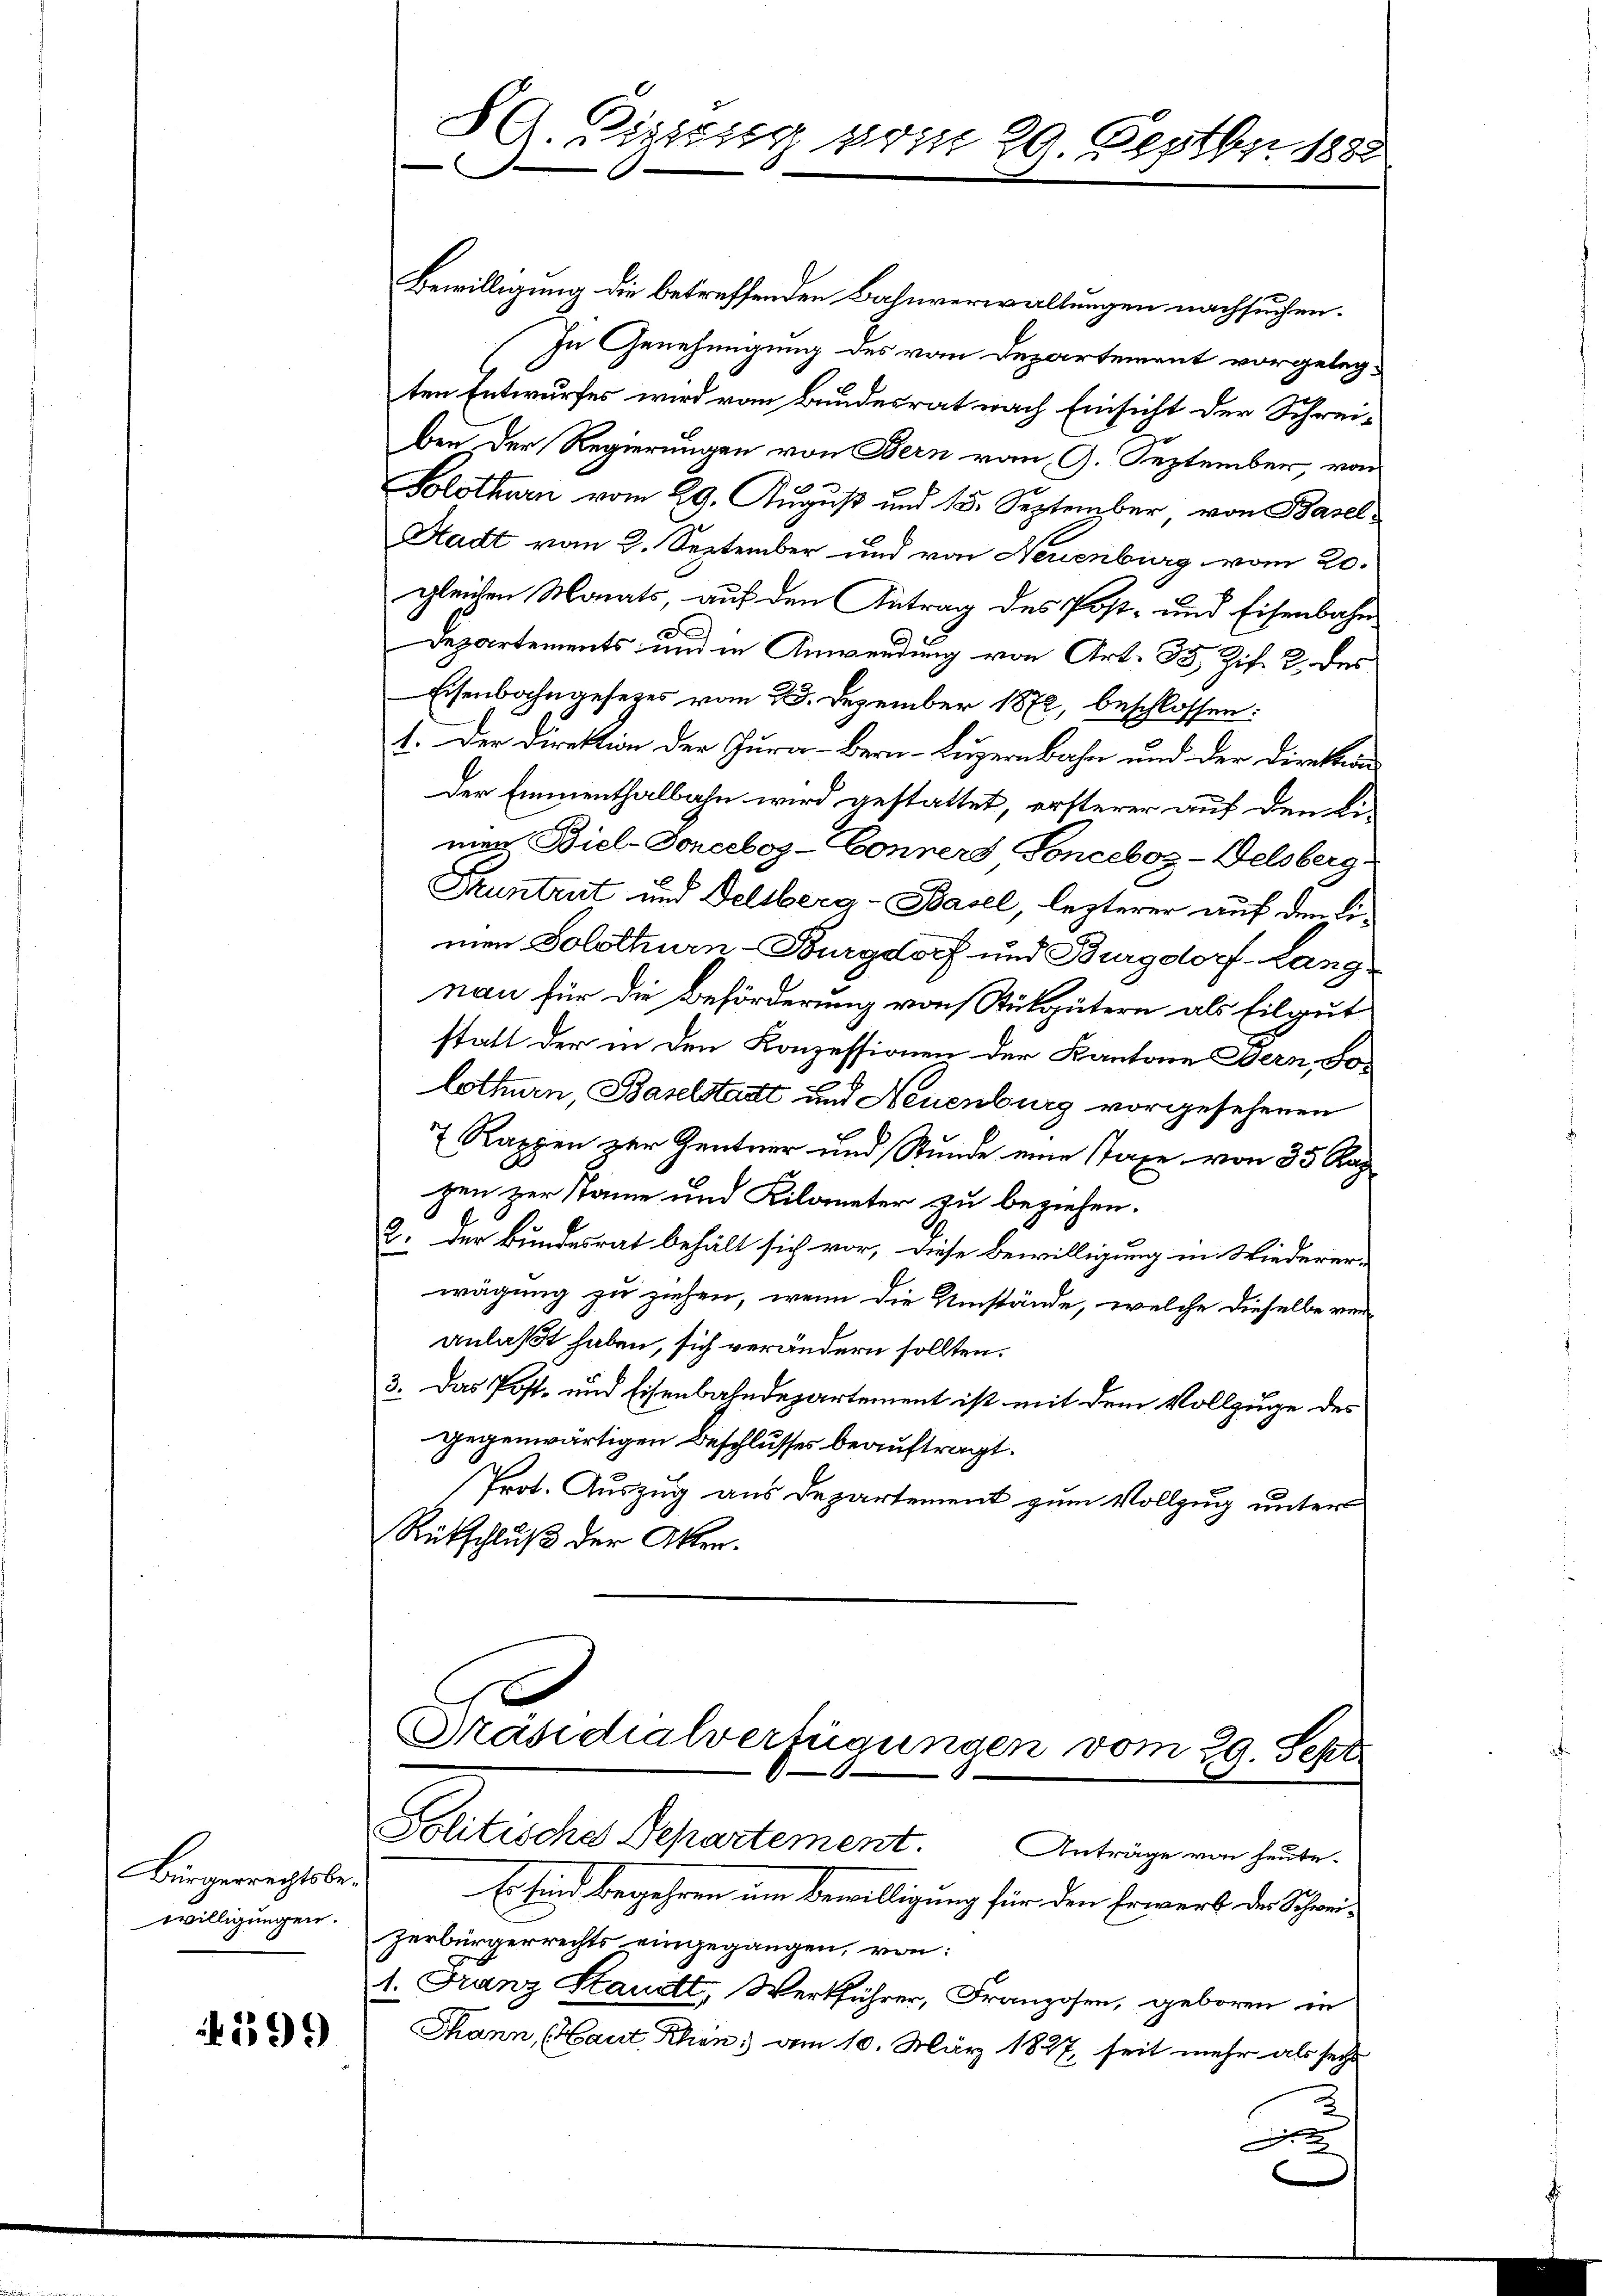
Bürgerrechtsbewilligungen.

4599

Bewilligung die betreffenden Bahnverwaltungen nachsuchen.
In Genehmigung des von Departement vorgelegten Entwurfes wird vom Bundesrat nach Einsicht der Schreiben der Regierungen von Bern vom 9. September, von
Solothurn vom 29. August und 15. September, von Basel
Stadt vom 2. September und von Neuenburg vom 20.
gleichen Monats, auf den Antrag des Post- und Eisenbahn
Departements und in Anwendung von Art. 33 Zif. 2. des
Eisenbahngesetzes vom 23. Dezember 1872, beschlossen:
1. Der Direktion der Jura-Ber-Luzernbahn und der Direktion
Der Emmenthalbahn wird gestattet, ersterer auf den Li-
men Biel-Donceboz-Conners Sonceboz - Welsberg
Pruntrut und Deliberg-Basel, lezterer auf den Limen Solothurn-Burgdorf und Burgdorf-Lang
nau für die Beförderung von Stükgütern als Eilgut
statt der in den Konzessionen der Kantone Bern, Solothurn, Baselstadt und Neuenburg vorgesehenen
7 Rappen zur Zentner und Stunde eine Taxe von 35 Rag
zen zur Name und Kilometer zu beziehen.
2. Der Bundesrat behält sich vor, diese Bewilligung in Wiederer-
wägung zu ziehen, wenn die Umstände, welche dieselbe von
anlaßt haben, sich verändern sollten.
3. Das Post- und Eisenbahndepartement ist mit dem Vollzuge des
gegenwärtigen Beschlusses beauftragt.
Prot. Auszug aus Departement zum Vollzug unter
Rütschluß der Akten.

89. Diesssig vom 20 Septbr. 1882
e

Präsidialverfügungen vom 29. Sept.
Politische Departement. Anträge von heute.

Es sind Begehren um Bewilligung für den Erwerk der Schweizerbürgerrechts eingegangen, von:
1. Franz Staudtt, Werkführer, Franzosen, geboren in
Thann, (Haut Rhen: vom 10. März 1827, seit mehr als seche
A
e